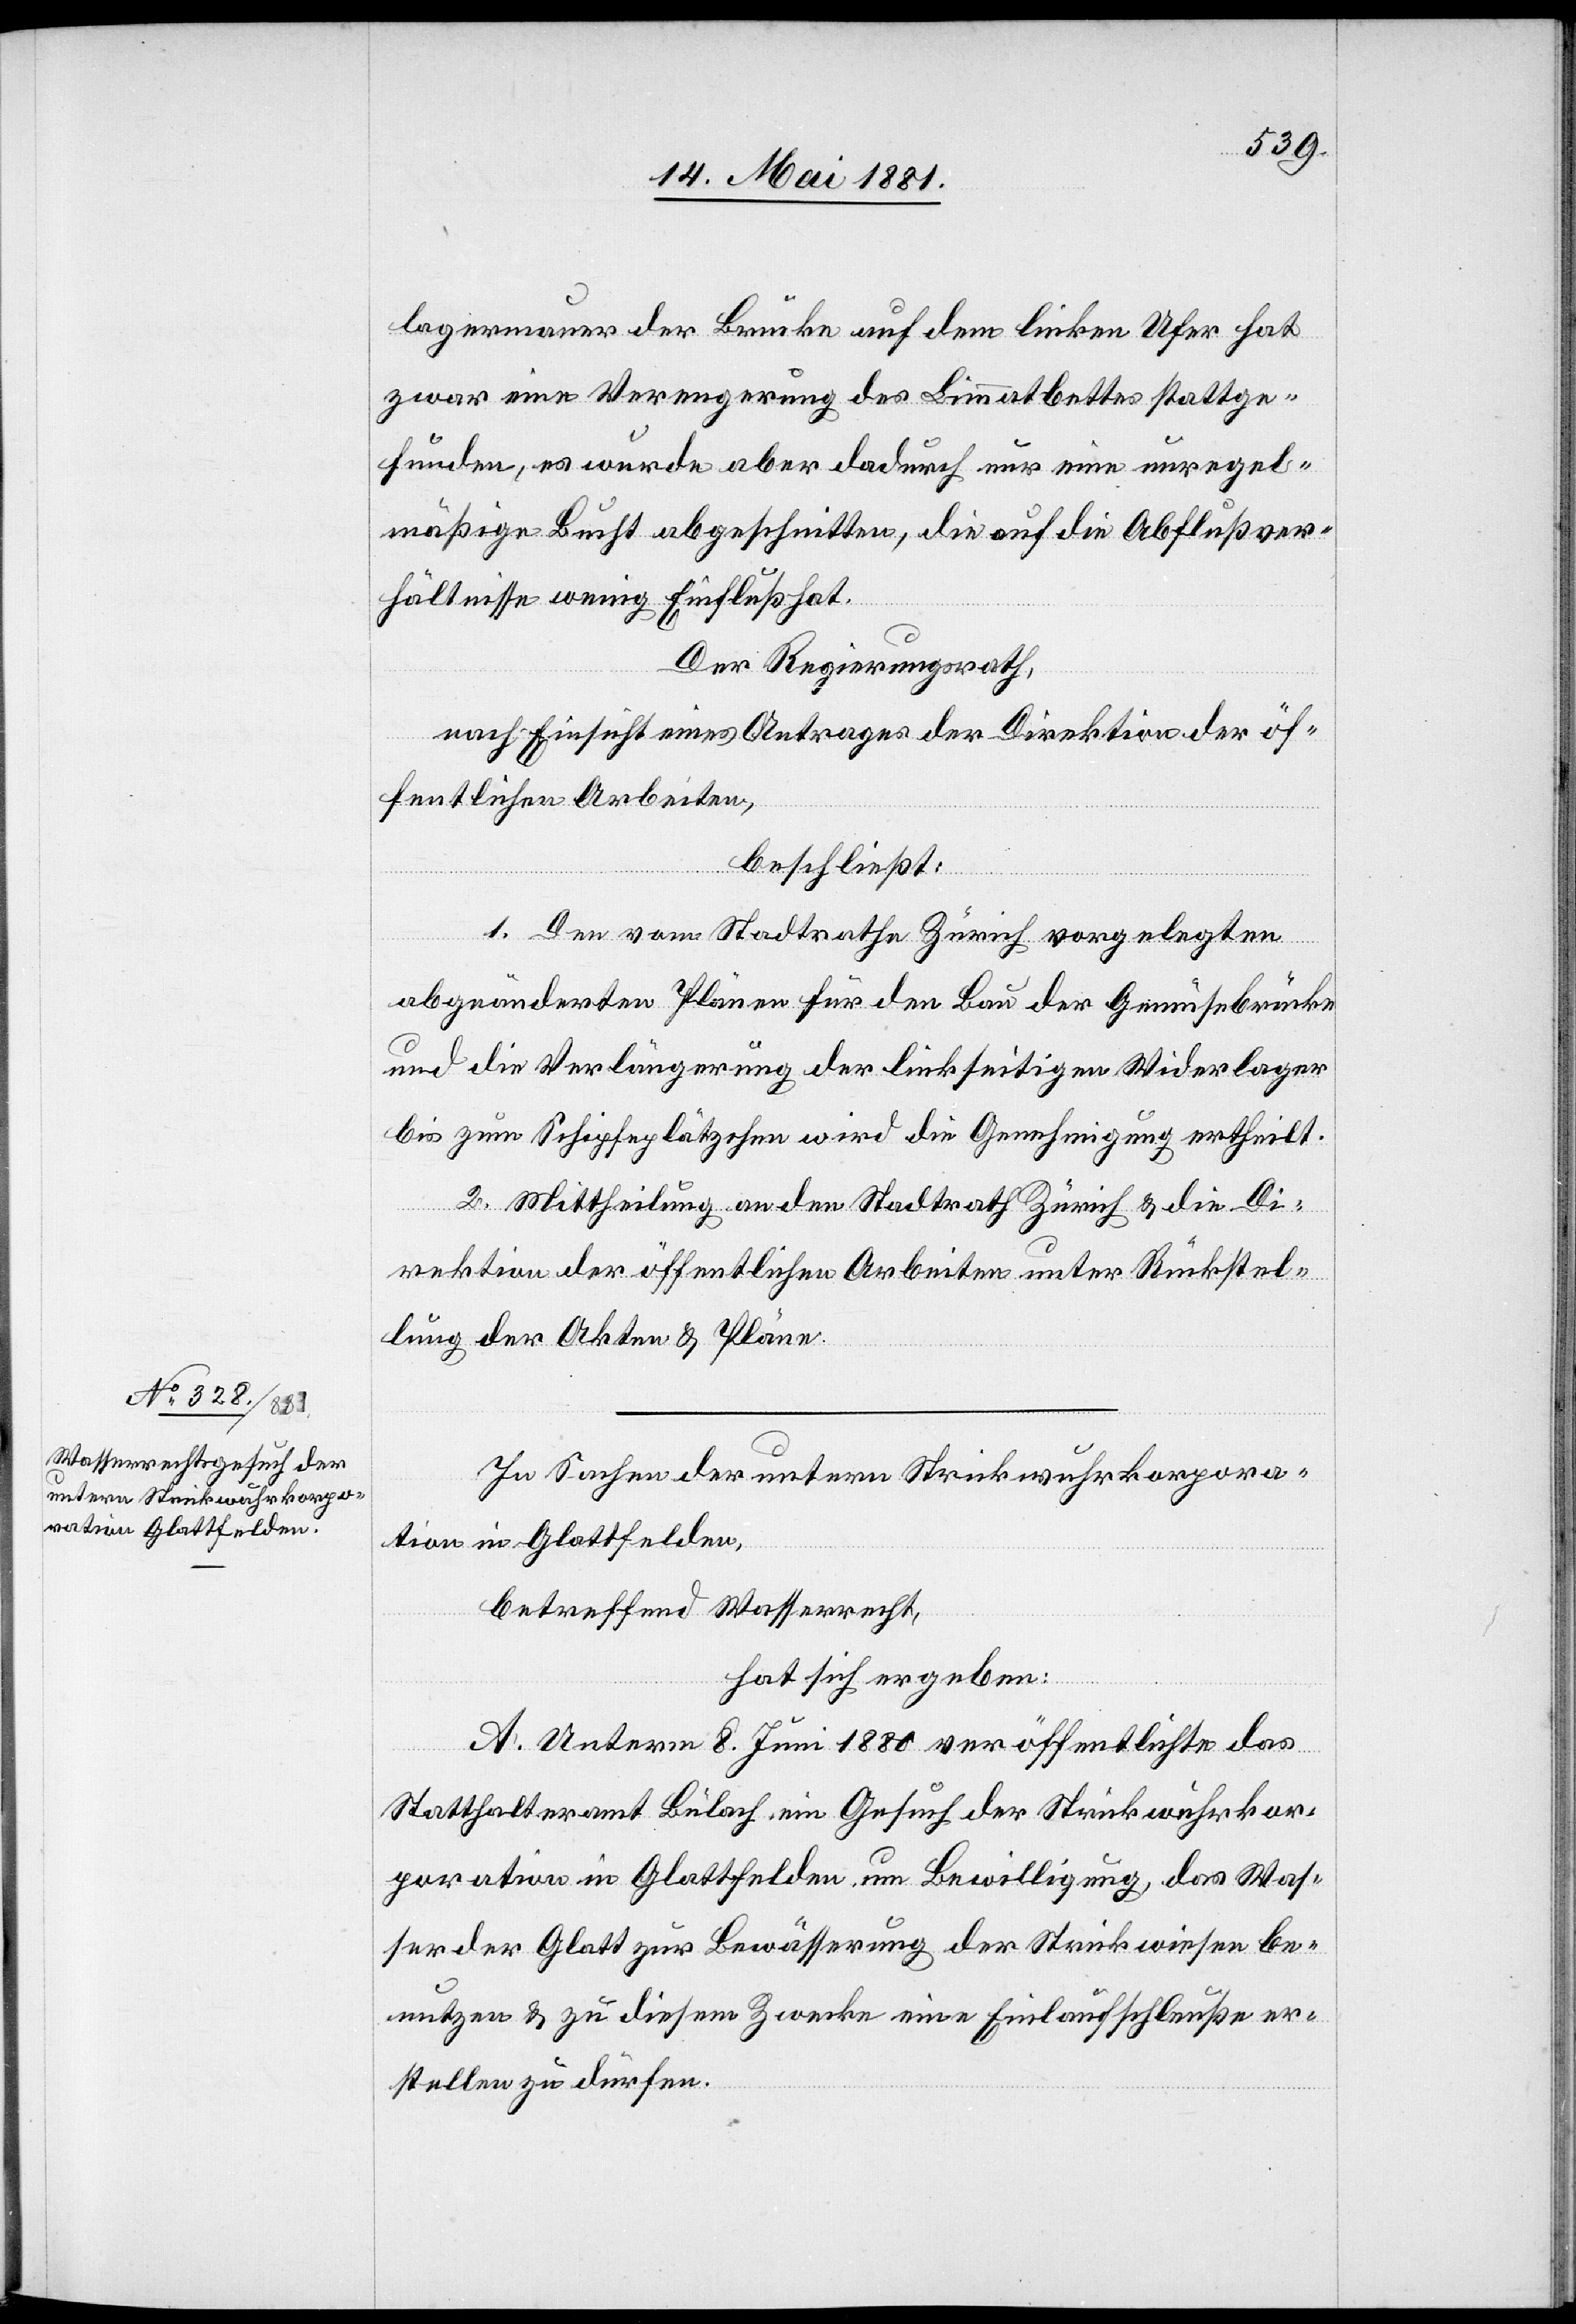
lagermauer der Brücke auf dem linken Ufer hat
zwar eine Verengerung des Limmatbettes stattge¬
funden, es wurde aber dadurch nur eine unregel¬
mäßige Bucht abgeschnitten, die auf die Abflußver¬
hältnisse wenig Einfluß hat.
Der Regierungsrath,
nach Einsicht eines Antrages der Direktion der öf¬
fentlichen Arbeiten,
beschließt:
1. Den vom Stadtrathe Zürich vorgelegten
abgeänderten Plänen für den Bau der Gemüsebrücke
und die Verlängerung der linkseitigen Widerlager
bis zum Schipfenplätzchen wird die Genehmigung ertheilt.
2. Mittheilung an den Stadtrath Zürich & die Di¬
rektion der öffentlichen Arbeiten unter Rückstel¬
lung der Akten & Plänen.
In Sachen der untern Strickwuhrkorpora¬
tion in Glattfelden,
betreffen Wasserrecht,
hat sich ergeben:
A. Unterm 8. Juni 1880 veröffentlichte das
Statthalteramt Bülach ein Gesuch der Strickwuhrkor¬
poration in Glattfelden um Bewilligung das Was¬
ser der Glatt zur Bewässerung der Strickwiesen be¬
nutzen & zu diesem Zwecke eine Einladungschleuße er¬
stellen zu dürfen.